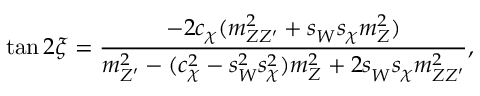
\tan 2 \xi = \frac { - 2 c _ { \chi } ^ { } ( m _ { Z Z ^ { \prime } } ^ { 2 } + s _ { W } ^ { } s _ { \chi } ^ { } m _ { Z } ^ { 2 } ) } { m _ { Z ^ { \prime } } ^ { 2 } - ( c _ { \chi } ^ { 2 } - s _ { W } ^ { 2 } s _ { \chi } ^ { 2 } ) m _ { Z } ^ { 2 } + 2 s _ { W } ^ { } s _ { \chi } ^ { } m _ { Z Z ^ { \prime } } ^ { 2 } } ,